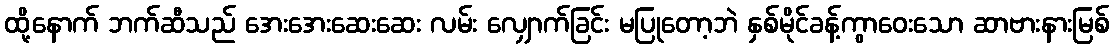
ထို့နောက် ဘက်ဆီသည် အေးအေးဆေးဆေး လမ်း လျှောက်ခြင်း မပြုတော့ဘဲ နှစ်မိုင်ခန့်ကွာဝေးသော ဆာဗားနားမြစ်